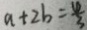
a + 2 b = \frac { 4 } { 3 }